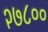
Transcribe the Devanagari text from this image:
२७८००